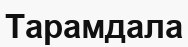
Тарамдала